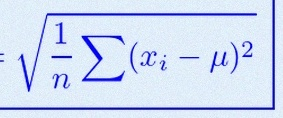
\sigma=\sqrt{\frac1n\sum(x_i-\mu)^2}